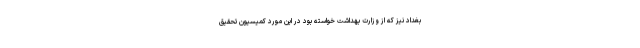
بغداد نیز که از وزارت بهداشت خواسته بود در این مورد کمیسیون تحقیق